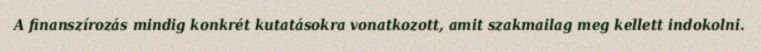
A finanszírozás mindig konkrét kutatásokra vonatkozott, amit szakmailag meg kellett indokolni.